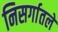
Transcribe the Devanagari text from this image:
निसर्गातले